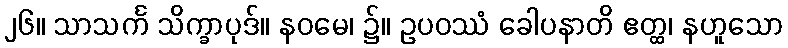
၂၆။ သာသင်္က သိက္ခာပုဒ်။ နဝမေ၊ ၌။ ဥပဝဿံ ခေါပနာတိ ဧတ္ထ၊ နဟူသော